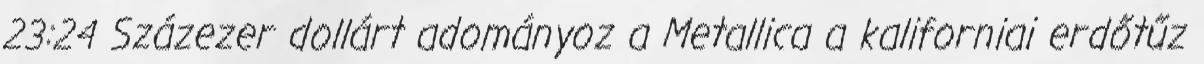
23:24 Százezer dollárt adományoz a Metallica a kaliforniai erdőtűz